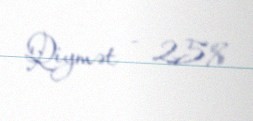
Qiymət - 25%